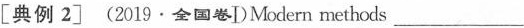
[典例2](2019.全国卷[)Modern methods ___